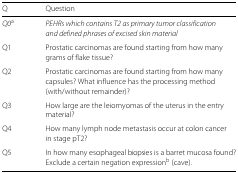
<table><thead><tr><td><b>Q</b></td><td><b>Question</b></td></tr></thead><tbody><tr><td><i>Q0</i><sup>a</sup></td><td><i>PEHRs which contains T2 as primary tumor classification</i></td></tr><tr><td></td><td><i>and defined phrases of excised skin material</i></td></tr><tr><td>Q1</td><td>Prostatic carcinomas are found starting from how many</td></tr><tr><td></td><td>grams of flake tissue?</td></tr><tr><td>Q2</td><td>Prostatic carcinomas are found starting from how many</td></tr><tr><td></td><td>capsules? What influence has the processing method</td></tr><tr><td></td><td>(with/without remainder)?</td></tr><tr><td>Q3</td><td>How large are the leiomyomas of the uterus in the entry</td></tr><tr><td></td><td>material?</td></tr><tr><td>Q4</td><td>How many lymph node metastasis occur at colon cancer</td></tr><tr><td></td><td>in stage pT2?</td></tr><tr><td>Q5</td><td>In how many esophageal biopsies is a barret mucosa found?</td></tr><tr><td></td><td>Exclude a certain negation expression<sup>b</sup> (cave).</td></tr></tbody></table>